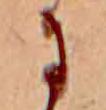
に